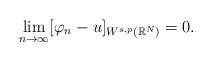
LaTeX: \begin{align*}\lim_{n\to\infty} [\varphi_n-u]_{W^{s,p}(\mathbb{R}^N)}=0.\end{align*}